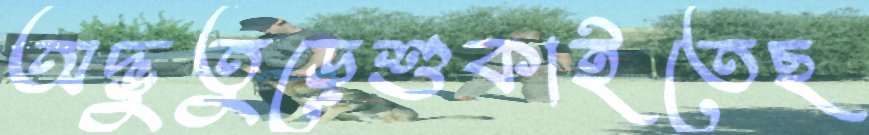
অদ্ভুতুড়েশুকাইতেছ